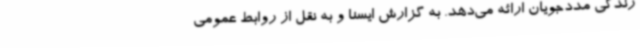
زندگی مددجویان ارائه می‌دهد. به گزارش ایسنا و به نقل از روابط عمومی